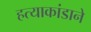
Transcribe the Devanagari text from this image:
हत्याकांडाने